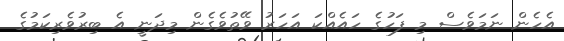
އެހެން ނަމަވެސް މި ފަހުގެ ހައެއްކަ އަހަރު ވޭތުވެގެން މިދަނީ އެ ބިިރުވެރިކަމުގެ